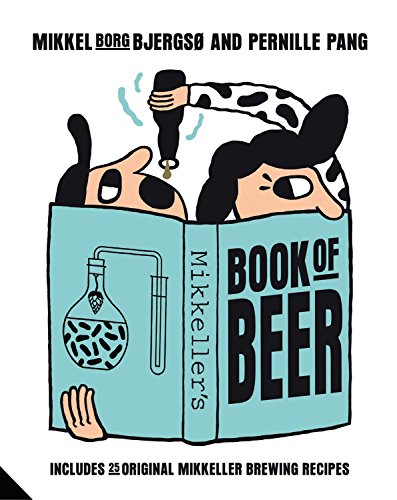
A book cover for Mikkeller's Book of Beer: Includes 25 Original Mikkeller Brewing Recipes; Mikkel Borg Bjergs; Travel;